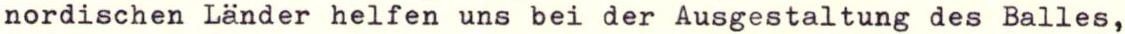
nordischen Länder helfen uns bei der Ausgestaltung des Balles,